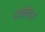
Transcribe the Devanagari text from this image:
दोमेनेत्स